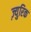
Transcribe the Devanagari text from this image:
ज़्युरिक